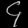
Digit: ၄